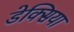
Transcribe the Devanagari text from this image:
डेक्सिया